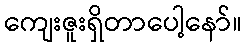
ကျေးဇူးရှိတာပေါ့နော်။